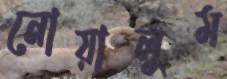
নোয়ালুম